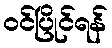
ဝင်ပြိုင်ရန်